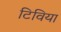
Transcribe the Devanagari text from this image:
टिविया